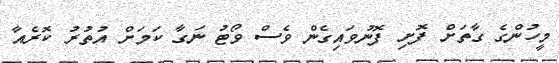
މީހުންގެ ގާތަށް ފޮށި ފޮނުވައިގެން ވެސް ވޯޓު ނަގާ ކަމަށް އުތުރު ކޮރެއާ